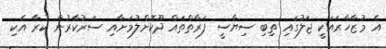
އެ މުޒާހާރައަކީ ޖަލުގައި ތިބި ސިޔާސީ ފަރާތްތައް ދޫކޮށްލުމަށާއި ސަރުކާރުން ކުރާ އެކި